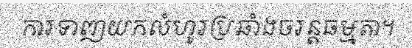
ការទាញយកលំហូរប្រឆាំងចរន្តធម្មតា។